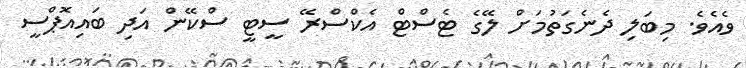
ވެއެވެ. މިބަލި ދެނެގަތުމަށް ލޭގެ ޓެސްޓް އެކްސްރޭ ސީޓީ ސްކޭން އަދި ބައިއޮޕްސީ